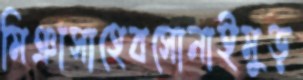
মিঞাসাহেবসোনাইমুড়